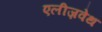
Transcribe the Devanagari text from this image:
एलीज़वेथ